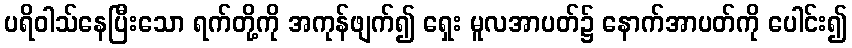
ပရိဝါသ်နေပြီးသော ရက်တို့ကို အကုန်ဖျက်၍ ရှေး မူလအာပတ်၌ နောက်အာပတ်ကို ပေါင်း၍